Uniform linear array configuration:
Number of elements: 12
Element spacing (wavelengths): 0.25
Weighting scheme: hann
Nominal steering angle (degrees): -15
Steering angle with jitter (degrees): -14.058
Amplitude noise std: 0.05
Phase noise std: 0.05

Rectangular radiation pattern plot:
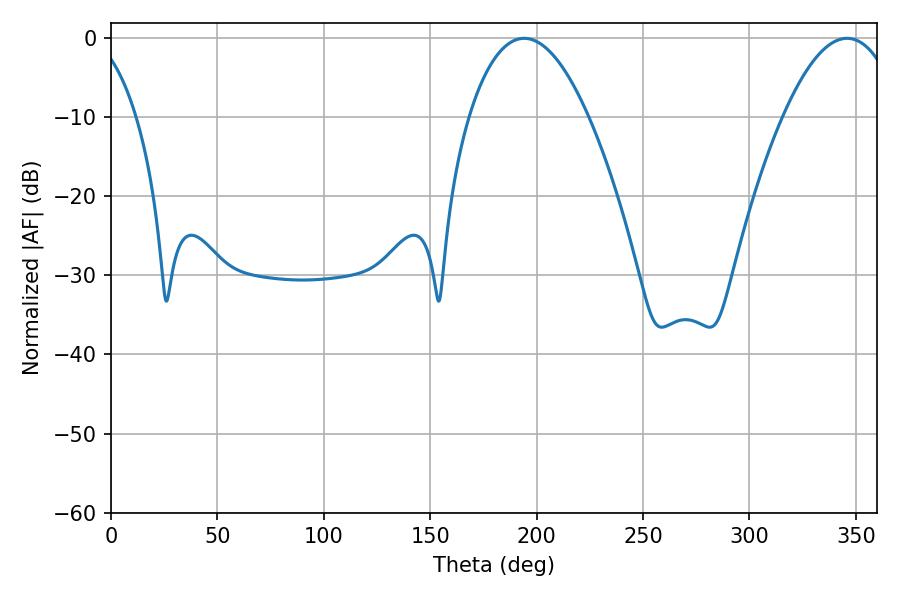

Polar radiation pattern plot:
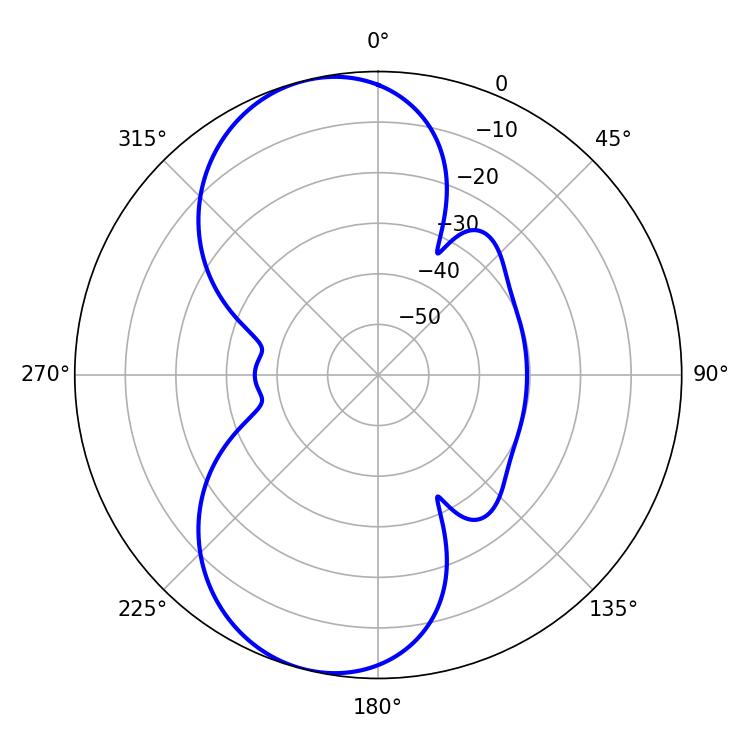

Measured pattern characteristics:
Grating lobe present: FALSE
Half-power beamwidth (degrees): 30.96
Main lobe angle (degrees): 194.22